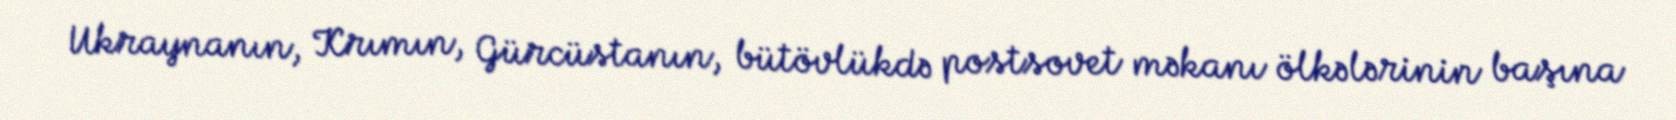
Ukraynanın, Krımın, Gürcüstanın, bütövlükdə postsovet məkanı ölkələrinin başına